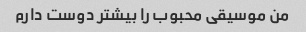
من موسیقی محبوب را بیشتر دوست دارم